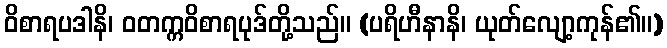
ဝိစာရပဒါနိ၊ ဝတက္ကဝိစာရပုဒ်တို့သည်။ (ပရိဟီနာနိ၊ ယုတ်လျော့ကုန်၏။)